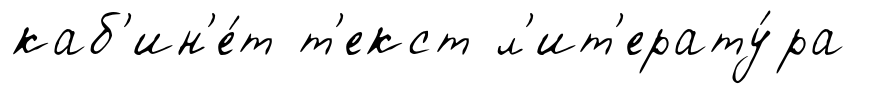
каб'ин'е́т т'екст л'ит'ерату́ра